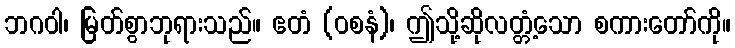
ဘဂဝါ၊ မြတ်စွာဘုရားသည်။ ဧတံ (ဝစနံ)၊ ဤသို့ဆိုလတ္တံ့သော စကားတော်ကို။